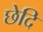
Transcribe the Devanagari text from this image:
छेदि